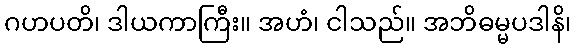
ဂဟပတိ၊ ဒါယကာကြီး။ အဟံ၊ ငါသည်။ အဘိဓမ္မပဒါနိ၊